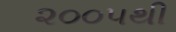
૨૦૦૫થી